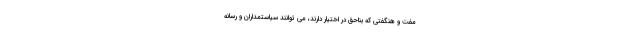
مفت و هنگفتی که بناحق در اختیار دارند، می توانند سیاستمداران و رسانه